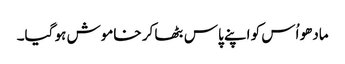
مادھو اُس کو اپنے پاس بٹھا کر خاموش ہو گیا۔